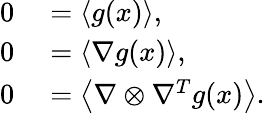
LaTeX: \begin{array}{rl}{0}&{{}=\left\langle g(x)\right\rangle,}\\ {0}&{{}=\left\langle\nabla g(x)\right\rangle,}\\ {0}&{{}=\left\langle\nabla\otimes\nabla^{T}g(x)\right\rangle.}\end{array}